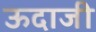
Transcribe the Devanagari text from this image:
ऊदाजी